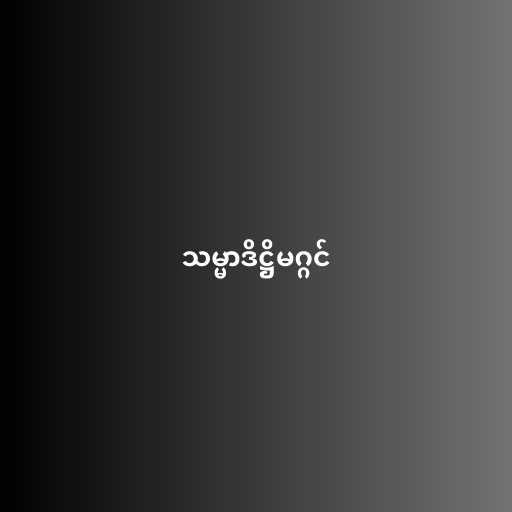
သမ္မာဒိဋ္ဌိမဂ္ဂင်